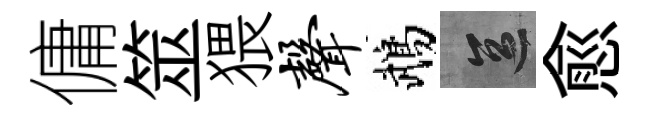
傭筮猥声鵡區愈